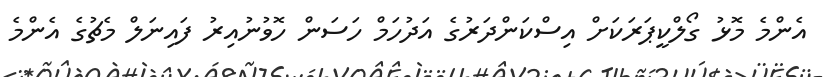
އެންމެ މޮޅު ގޯލްކީޕަރަކަށް އިސްކަންދަރުގެ އަދުހަމް ހަސަން ހޮވުނުއިރު ފައިނަލް މެޗުގެ އެންމެ